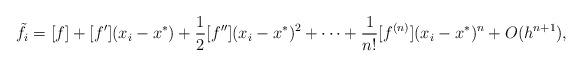
LaTeX: \begin{align*}\begin{aligned}\tilde{f}_i&=[f]+[f'](x_i-x^*)+\frac{1}{2}[f''](x_i-x^*)^2+\cdots+\frac{1}{n!}[f^{(n)}](x_i-x^*)^n+O(h^{n+1}),\end{aligned}\end{align*}